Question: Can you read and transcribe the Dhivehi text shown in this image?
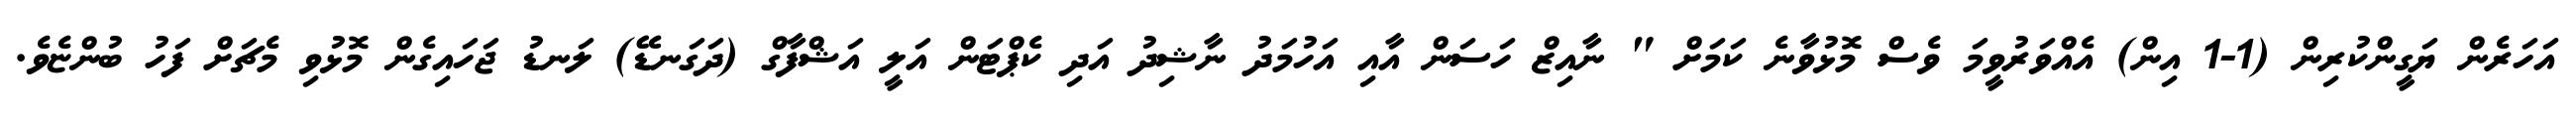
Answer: އަހަރެން ޔަގީންކުރިން (1-1 އިން) އެއްވަރުވީމަ ވެސް މޮޅުވާނެ ކަމަށް " ނާއިޒް ހަސަން އާއި އަހުމަދު ނާޝިދު އަދި ކެޕްޓަން އަލީ އަޝްފާގް (ދަގަނޑޭ) ލަނޑު ޖަހައިގެން މޮޅުވި މެޗަށް ފަހު ބުންޏެވެ.